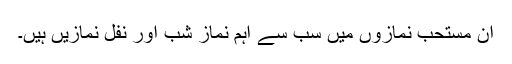
ان مستحب نمازوں میں سب سے اہم نماز شب اور نفل نمازیں ہیں۔